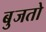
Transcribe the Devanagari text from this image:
बुजतो